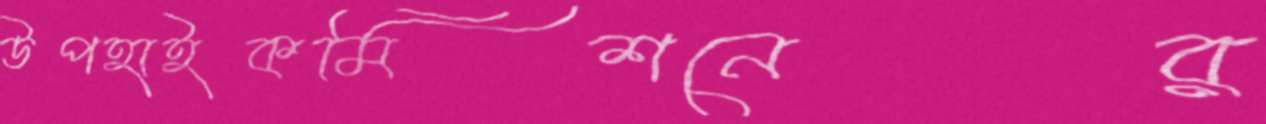
উপহাইকমিশনের